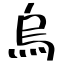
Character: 烏